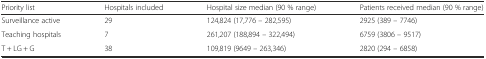
<table><thead><tr><td><b>Priority list</b></td><td><b>Hospitals included</b></td><td><b>Hospital size median (90 % range)</b></td><td><b>Patients received median (90 % range)</b></td></tr></thead><tbody><tr><td>Surveillance active</td><td>29</td><td>124,824 (17,776 – 282,595)</td><td>2925 (389 – 7746)</td></tr><tr><td>Teaching hospitals</td><td>7</td><td>261,207 (188,894 – 322,494)</td><td>6759 (3806 – 9517)</td></tr><tr><td>T + LG + G</td><td>38</td><td>109,819 (9649 – 263,346)</td><td>2820 (294 – 6858)</td></tr></tbody></table>